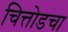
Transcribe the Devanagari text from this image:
चित्तोडचा